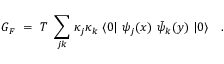
G _ { F } ~ = ~ T ~ \sum _ { j k } \, \kappa _ { j } \kappa _ { k } ~ \langle 0 | ~ \psi _ { j } ( x ) ~ \bar { \psi } _ { k } ( y ) ~ | 0 \rangle \quad .